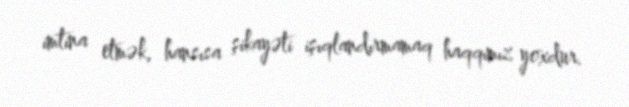
imtina etmək, hansısa şikayəti işıqlandırmamaq haqqımız yoxdur.